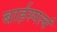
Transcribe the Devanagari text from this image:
बार्हस्पत्यं